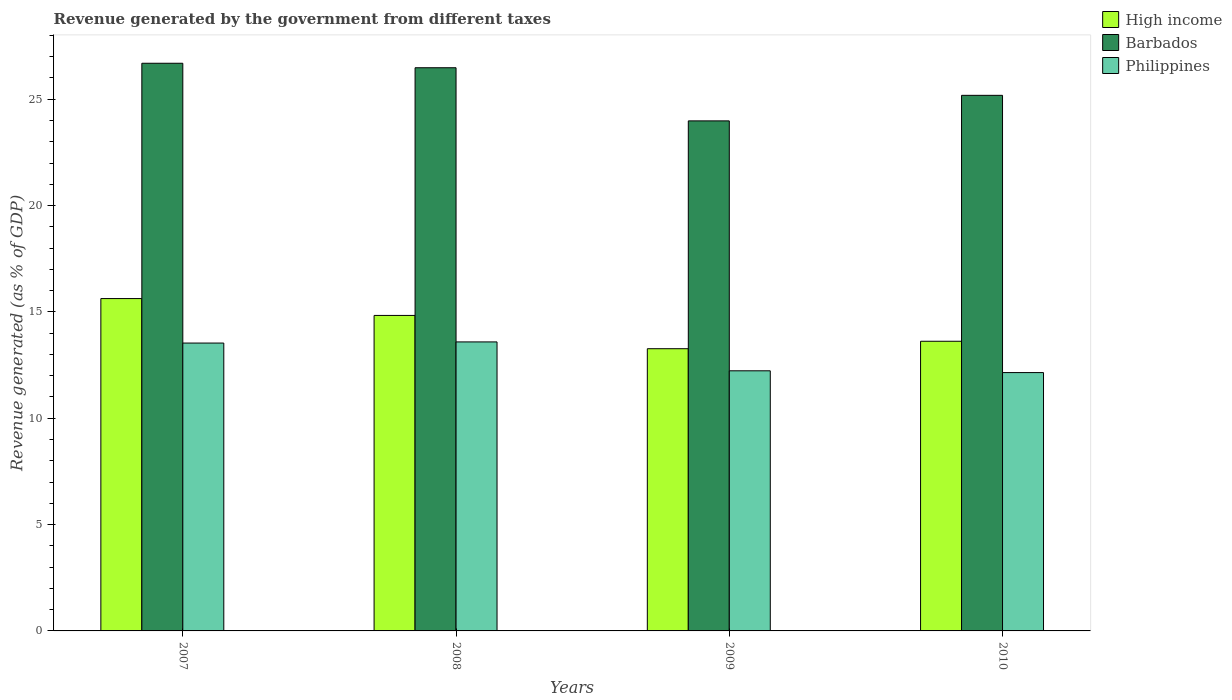
| Years | High income | Barbados | Philippines |
 | --- | --- | --- | --- |
 | 2007 | 15.6 | 26.7 | 13.5 |
 | 2008 | 14.8 | 26.5 | 13.6 |
 | 2009 | 13.3 | 24 | 12.2 |
 | 2010 | 13.6 | 25.2 | 12.1 |